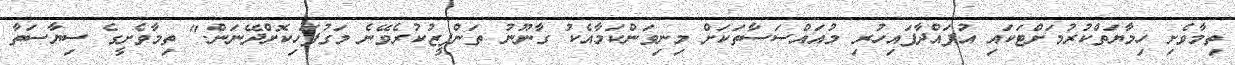
ތިމާވެށި ހިމާޔަތްކުރުމަށްޓަކައި އުފައްދާފައިހުރި މުއައްސަސާތަކަށް މިނިވަންކަމާއެކު ގާނޫނު ތަންފީޒުކުރެވޭނެ މަގުފަހިކޮށްދޭނަން." ތިމާވެށީގެ ސިޔާސަތާ